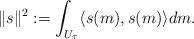
LaTeX: \begin{align*}\|s\|^2 := \int_{U_\tau} \langle s(m), s(m) \rangle dm.\end{align*}